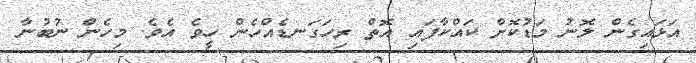
އަޅައިގެން ލޮނު މަޑުކޮށް ކައްކާފައި އޮތް ރިހަގަނޑެއްހެން ހީވެ އެވެ. މިހެން ނުބުނާ